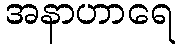
အနာဟာရေ